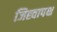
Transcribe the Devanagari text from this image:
जिह्वापक्ष